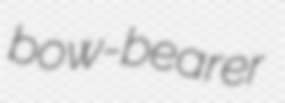
bow-bearer